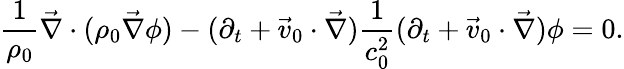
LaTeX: \frac{1}{\rho_{0}}\vec{\nabla}\cdot(\rho_{0}\vec{\nabla}\phi)-(\partial_{t}+\vec{v}_{0}\cdot\vec{\nabla})\frac{1}{c_{0}^{2}}(\partial_{t}+\vec{v}_{0}\cdot\vec{\nabla})\phi=0.